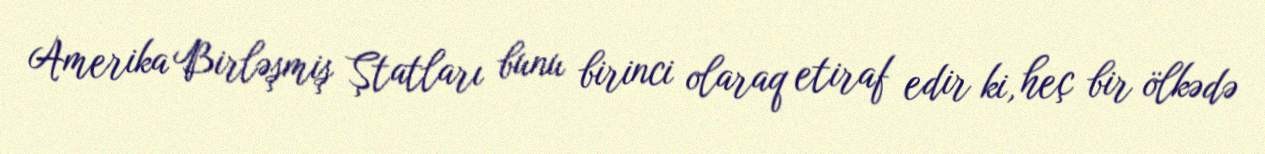
Amerika Birləşmiş Ştatları bunu birinci olaraq etiraf edir ki, heç bir ölkədə